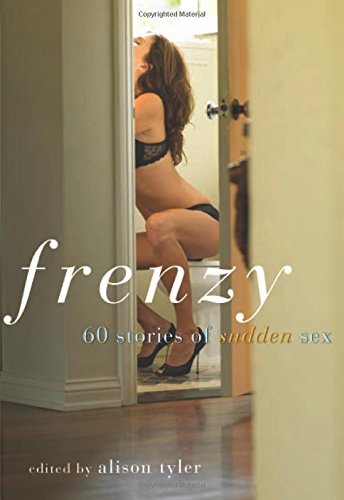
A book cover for Frenzy: 60 Stories of Sudden Sex; Romance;